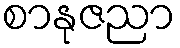
စာနုဇညာ